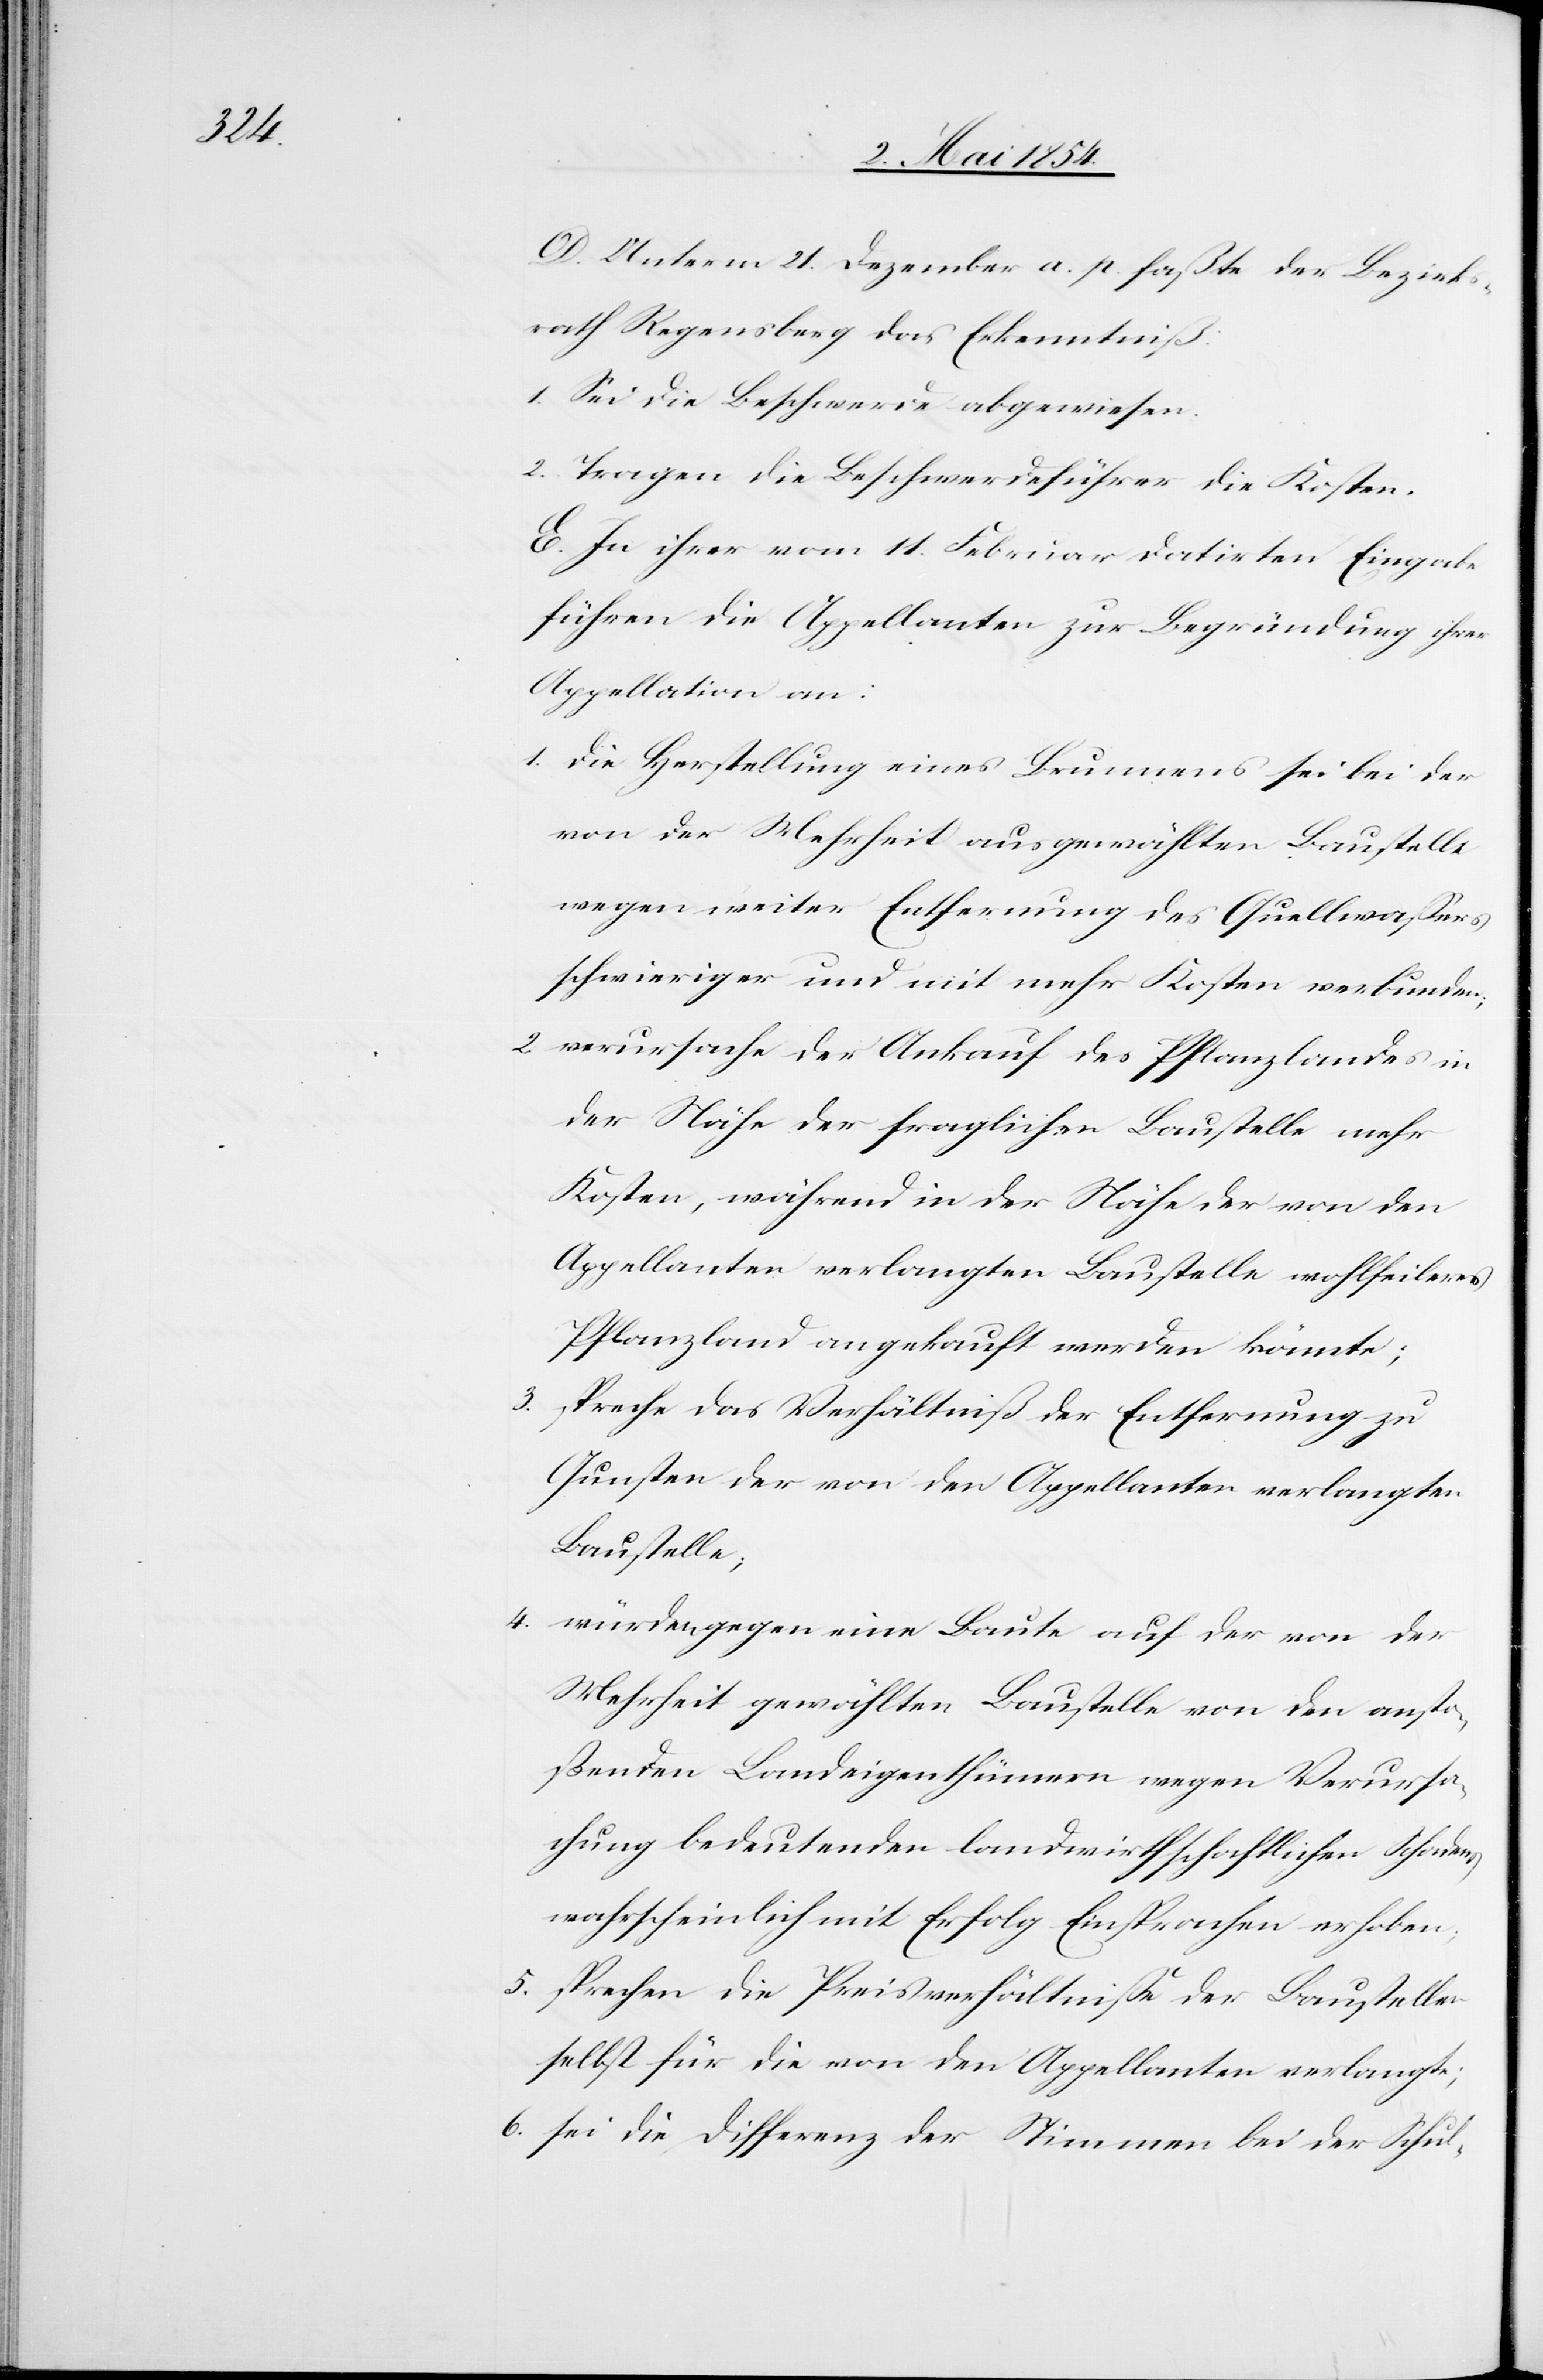
D. Unterm 21. Dezember a. p. faße der Bezirks¬
rath Regensberg das Erkenntniß:
1. Sei die Beschwerde abgewiesen.
2. Tragen die Beschwerdeführer die Kosten.
E. In ihrer vom 11. Februar datirten Eingabe
führen die Appellanten zur Begründung ihrer
Appellation an:
1. die Herstellung eines Brunnens sei bei der
von der Mehrheit ausgewählten Baustelle
wegen weiter Entfernung des Quellwaßers
schwieriger und mit mehr Kosten verbunden.
2. verursache der Ankauf des Pflanzlandes in
der Nähe der fraglichen Baustelle mehr
Kosten, während in der Nähe der von den
Appellanten verlangten Baustelle wohlfeileres
Pflanzland angekauft werden könnte;
3. spreche das Verhältniß der Entfernung zu
Gunsten der von den Appellanten verlangten
Baustelle;
4. würden gegen eine Baute auf der von der
Mehrheit gewählten Baustelle von den ansto¬
ßenden Landeigenthümern wegen Verursa¬
chung bedeutenden landwirthschaftlichen Schadens
wahrscheinlich mit Erfolg Einsprachen erhoben.
5. sprechen die Preisverhältniße der Baustellen
selbst für die von den Appellanten verlangte;
6. sei die Differenz der Stimmen bei der Schul-